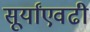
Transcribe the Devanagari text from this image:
सूर्यांएवढी